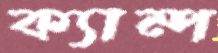
ক্যাম্প